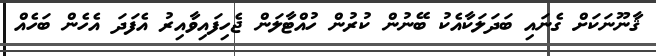
ޤާނޫނަކަށް ގެނައި ބަދަލަކާއެކު ބޭނުން ކުރުން ހުއްޓާލަން ޖެހިފައިވާއިރު އެފަދަ އެހެން ބަހެއް